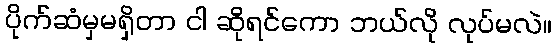
ပိုက်ဆံမှမရှိတာ ငါ ဆိုရင်ကော ဘယ်လို လုပ်မလဲ။